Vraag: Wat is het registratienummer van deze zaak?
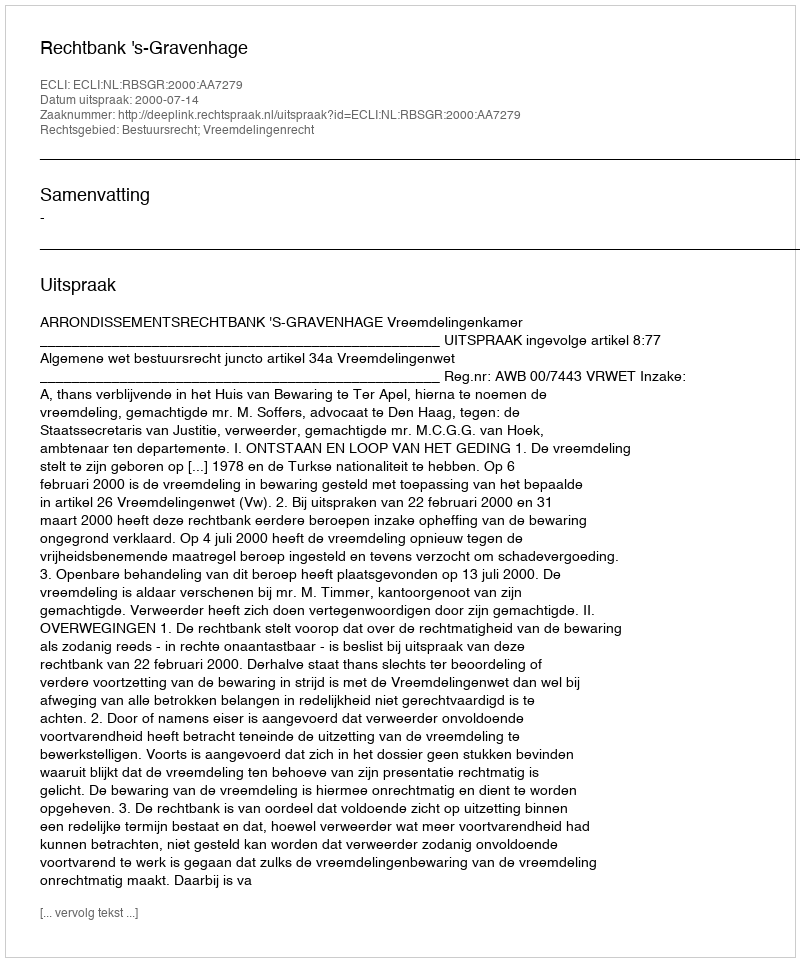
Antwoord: http://deeplink.rechtspraak.nl/uitspraak?id=ECLI:NL:RBSGR:2000:AA7279